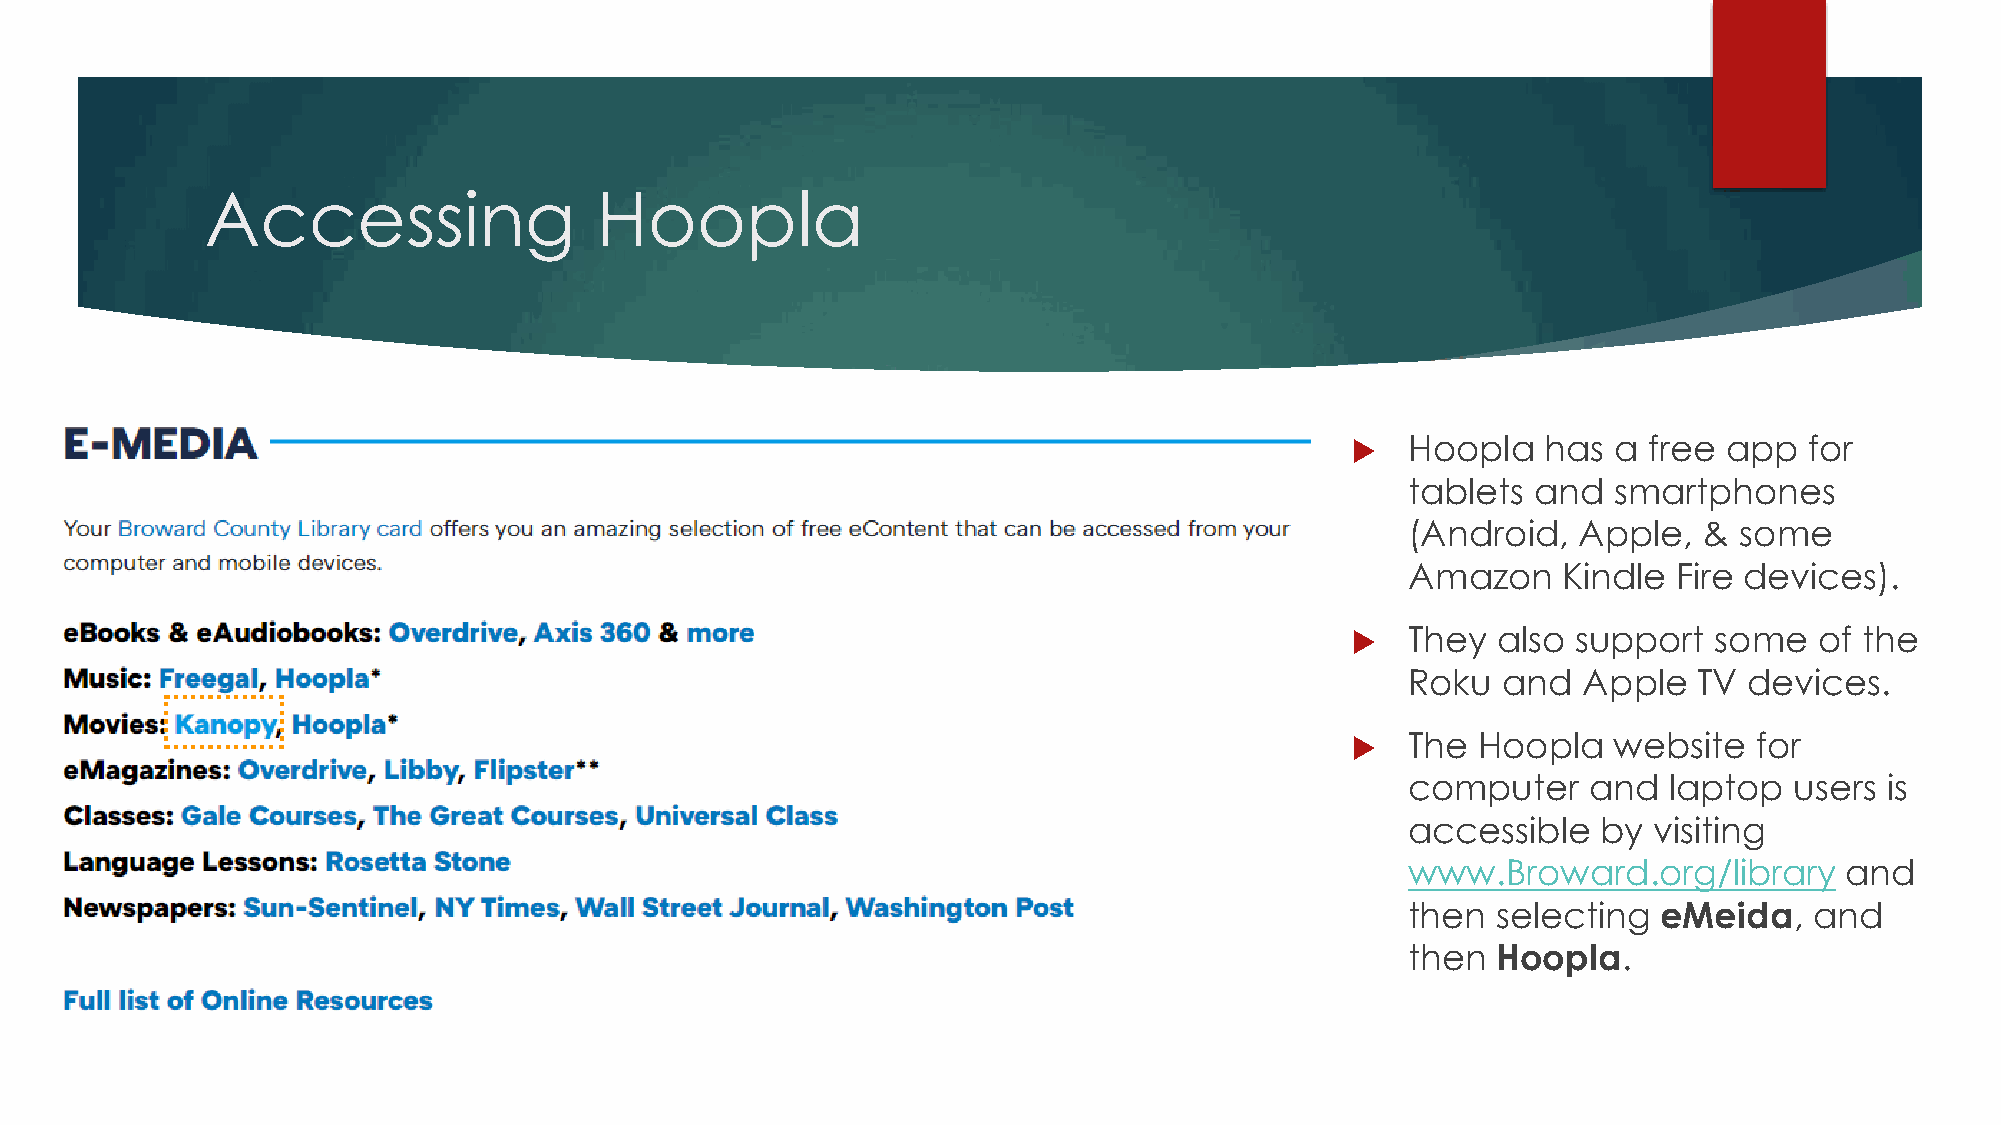
Accessing                Hoopla
    Hoopla   has  a free app   for
 tablets  and  smartphones
 (Android,  Apple,   & some
 Amazon    Kindle  Fire devices).
    They  also support  some   of the
 Roku  and   Apple  TV  devices.
    The  Hoopla   website  for
 computer    and  laptop   users is
 accessible   by visiting
 www.Broward.org/library      and
 then  selecting  eMeida,   and
 then  Hoopla.